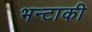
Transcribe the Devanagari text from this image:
भन्टाकी